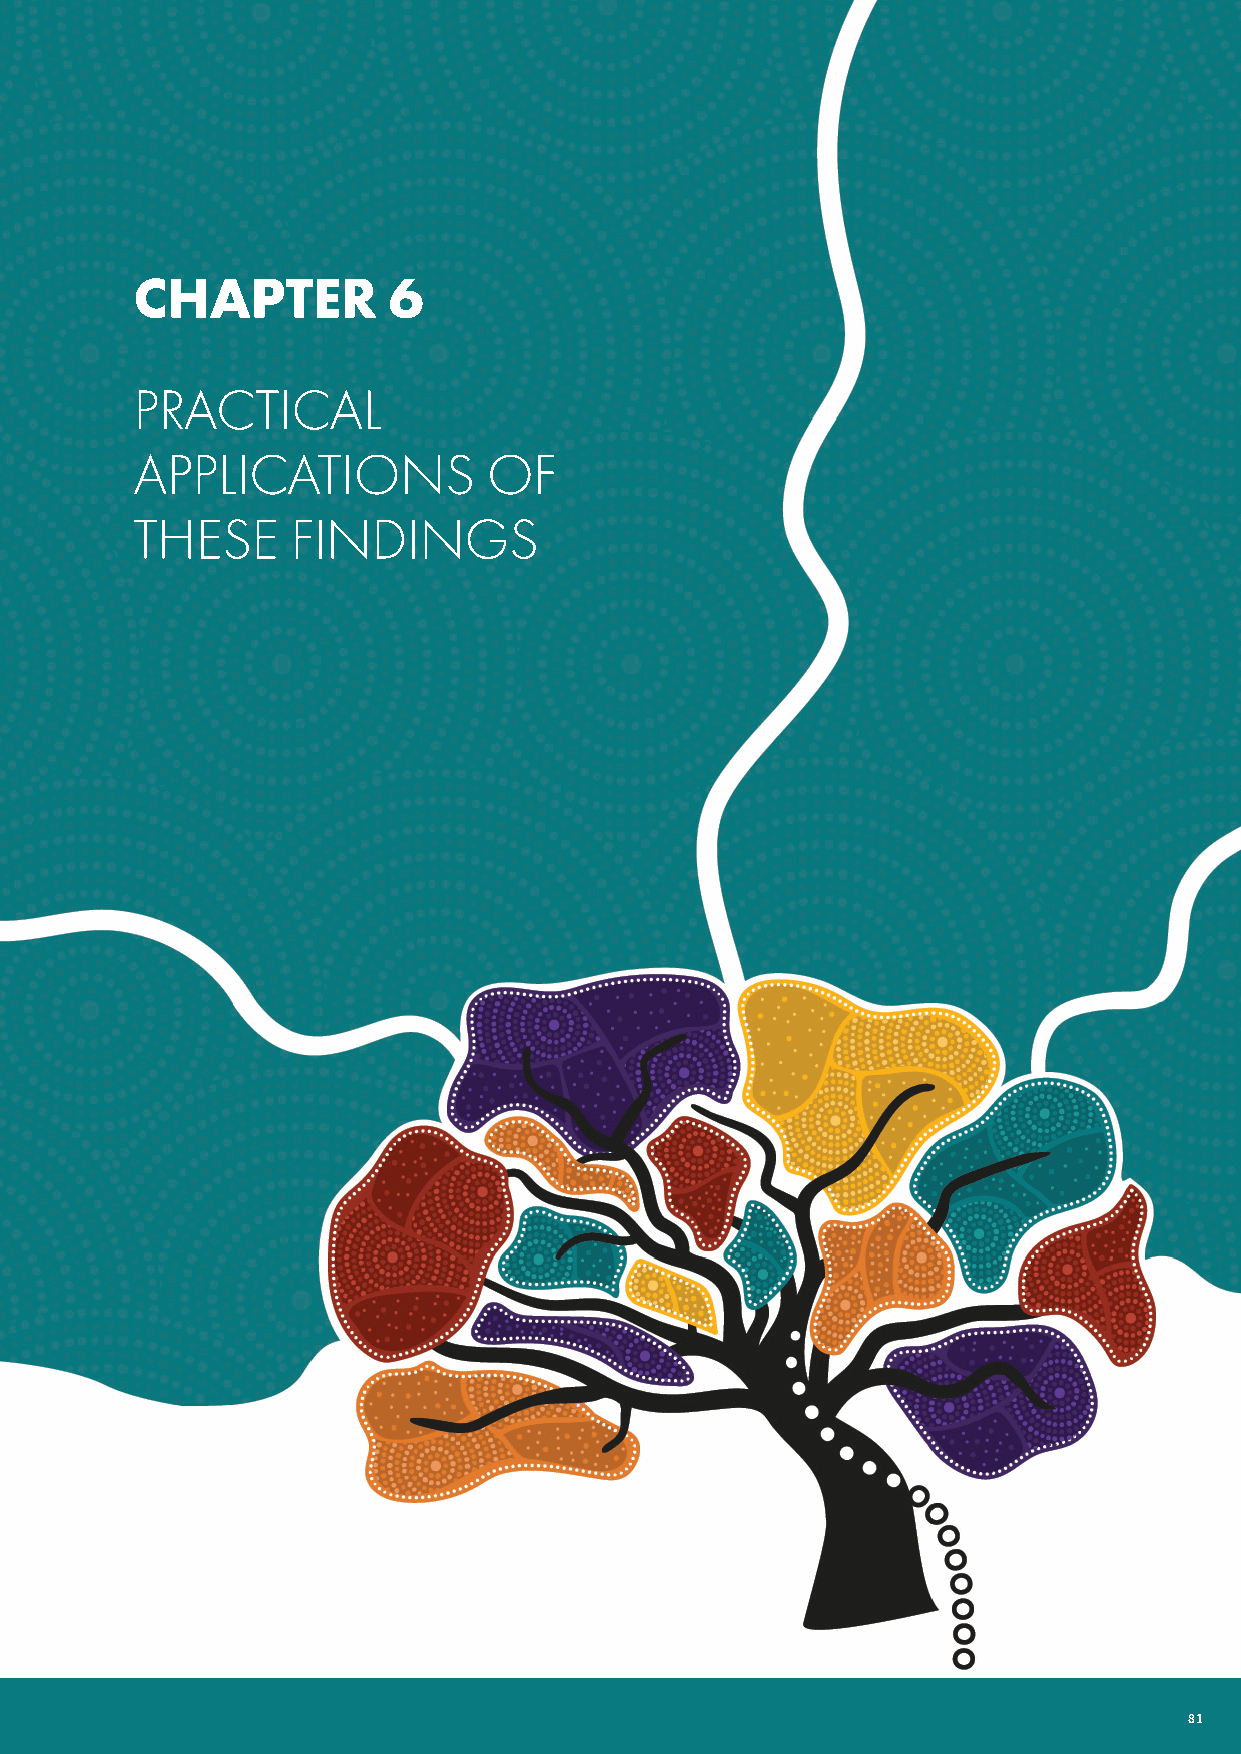
CHAPTER          6
 PRACTICAL
 APPLICATIONS           OF
 THESE     FINDINGS
 80 NATIONAL INDIGENOUS LANGUAGES REPORT                                        81